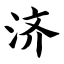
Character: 济